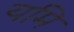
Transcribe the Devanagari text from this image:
यमि